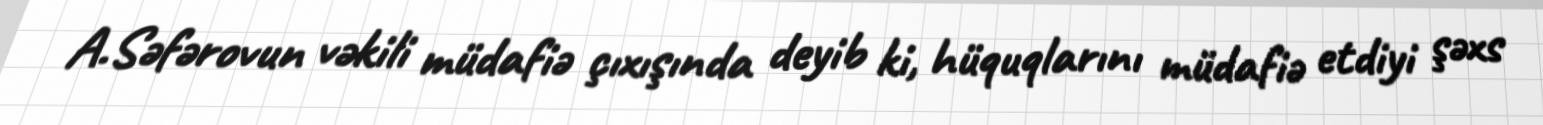
A.Səfərovun vəkili müdafiə çıxışında deyib ki, hüquqlarını müdafiə etdiyi şəxs